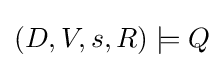
(D,V,s,R)\models Q